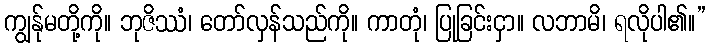
ကျွန်ုမတို့ကို။ ဘုဇိဿံ၊ တော်လှန်သည်ကို။ ကာတုံ၊ ပြုခြင်းငှာ။ လဘာမိ၊ ရလိုပါ၏။”